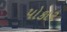
પોકાર